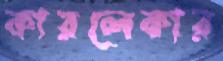
কারলেকার